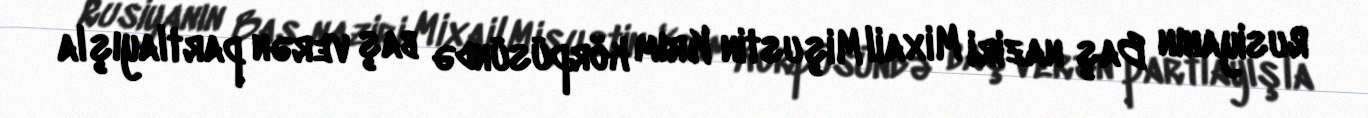
Rusiyanın Baş naziri Mixail Mişustin Krım körpüsündə baş verən partlayışla